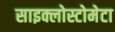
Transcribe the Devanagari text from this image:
साइक्लोस्टोमेटा